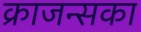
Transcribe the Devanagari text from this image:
क्राजन्सका